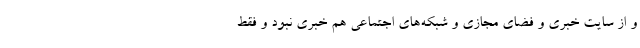
و از سایت خبری و فضای مجازی و شبکه‌های اجتماعی هم خبری نبود و فقط